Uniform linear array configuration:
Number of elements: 12
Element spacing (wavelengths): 0.5
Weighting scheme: hamming
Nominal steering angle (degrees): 45
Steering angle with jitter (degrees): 46.301
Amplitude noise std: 0.05
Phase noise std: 0.05

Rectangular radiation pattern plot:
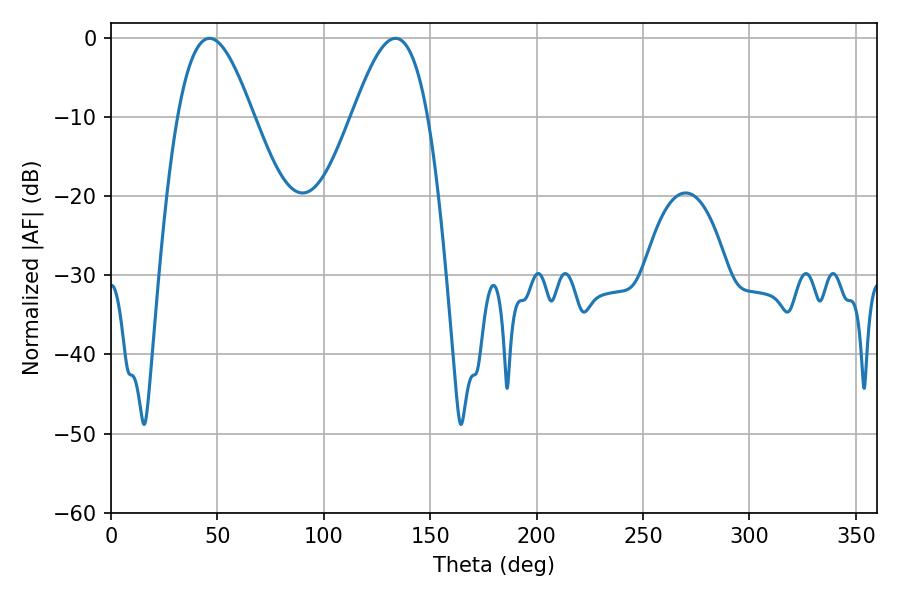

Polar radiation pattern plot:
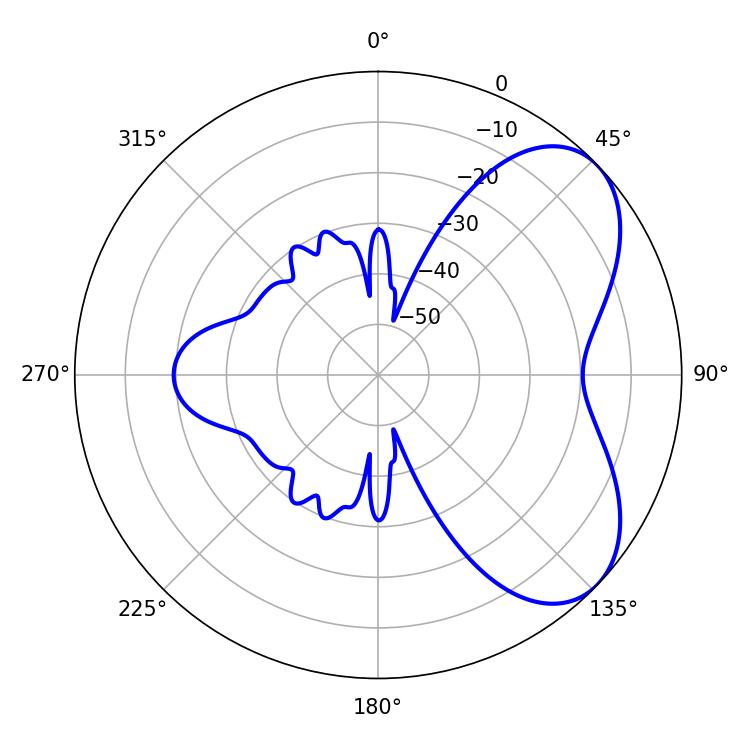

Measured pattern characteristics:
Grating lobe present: FALSE
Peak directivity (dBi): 5.682
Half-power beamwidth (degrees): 19.08
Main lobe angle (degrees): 46.26